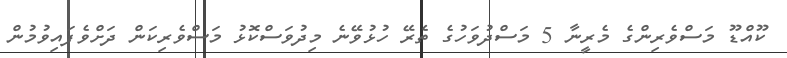
ކޫއްޑޫ މަސްވެރިންގެ މެރީނާ 5 މަސްދުވަހުގެ ތެރޭ ހުޅުވޭނެ މިދުވަސްކޮޅު މަސްވެރިކަން ދަށްވެފައިވުމުން